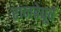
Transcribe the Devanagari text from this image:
रानडेपूर्व